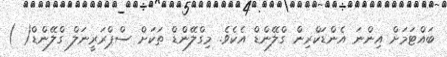
ބައްޓަމަށް އިންނަ އެންޑަކްރިން ގްލޭންޑް އެކެވެ. މިގްލޭންޑް ތަކަށް ސްޕްރަރީނަލް ގްލޭންޑް( )